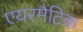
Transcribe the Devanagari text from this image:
एयरमैटिक